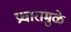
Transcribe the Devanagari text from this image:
प्रचारामुळे